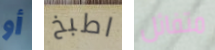
أو اطبخ متفائل